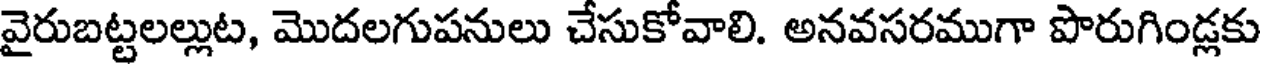
వైరుబట్టలల్లుట, మొదలగుపనులు చేసుకోవాలి. అనవసరముగా పొరుగిండ్లకు